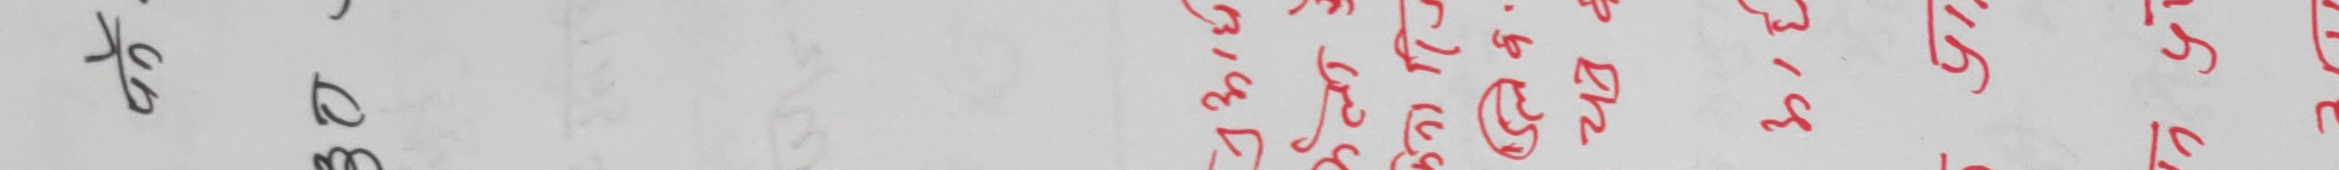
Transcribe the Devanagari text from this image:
दुरुस्त